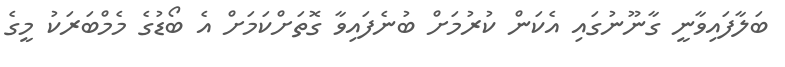
ބަލާފައިވާނީ ގާނޫނުގައި އެކަން ކުރުމަށް ބުނެފައިވާ ގޮތަށްކަަމަށް އެ ބޯޑުގެ މެމްބަރަކު މީގެ